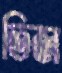
তিজ